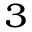
_ 3